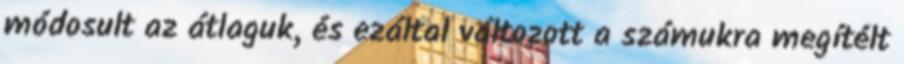
módosult az átlaguk, és ezáltal változott a számukra megítélt